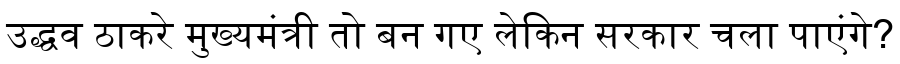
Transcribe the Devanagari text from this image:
उद्धव ठाकरे मुख्यमंत्री तो बन गए लेकिन सरकार चला पाएंगे?